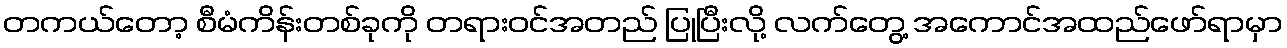
တကယ်တော့ စီမံကိန်းတစ်ခုကို တရားဝင်အတည် ပြုပြီးလို့ လက်တွေ့ အကောင်အထည်ဖော်ရာမှာ